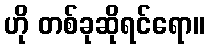
ဟို တစ်ခုဆိုရင်ရော။